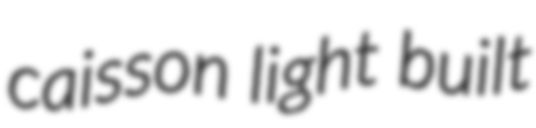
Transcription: caisson light built